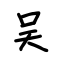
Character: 吴